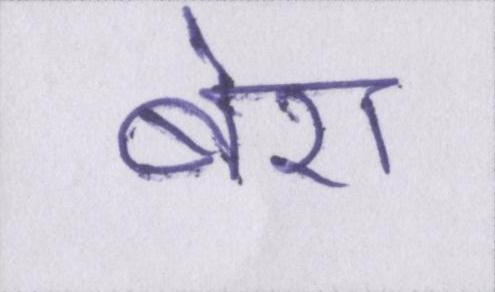
बेरा